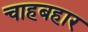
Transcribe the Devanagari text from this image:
चाहबहार